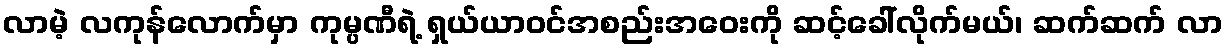
လာမဲ့ လကုန်လောက်မှာ ကုမ္ပဏီရဲ့ ရှယ်ယာဝင်အစည်းအဝေးကို ဆင့်ခေါ်လိုက်မယ်၊ ဆက်ဆက် လာ